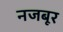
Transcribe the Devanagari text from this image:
नजबूर